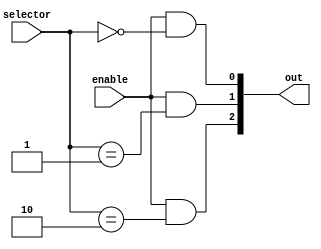
module demux(input wire enable, input wire [SELECTOR_WIDTH-1:0] selector, output wire [OUTPUT_WIDTH-1:0] out);
	parameter OUTPUT_WIDTH = 'd3;

	localparam SELECTOR_WIDTH = $clog2(OUTPUT_WIDTH);

	genvar i;
	generate
		for(i = 0; i < OUTPUT_WIDTH; i=i+1) begin
			assign out[i] = enable && (selector == i);
		end
	endgenerate
endmodule